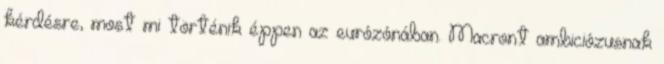
kérdésre, most mi történik éppen az eurózónában. Macront ambiciózusnak